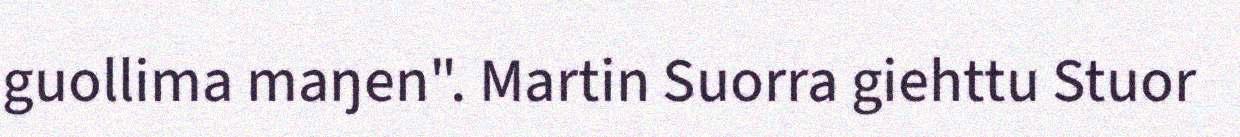
guollima maŋen". Martin Suorra giehttu Stuor